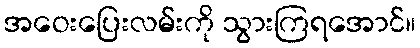
အဝေးပြေးလမ်းကို သွားကြရအောင်။